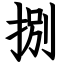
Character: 捌